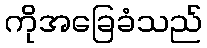
ကိုအခြေခံသည်